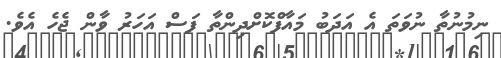
ނިމުނުތާ ނުވަތަ އެ އަދަބު މައާފްކޮށްދިންތާ ފަސް އަހަރު ވާން ޖެހެ އެވެ.